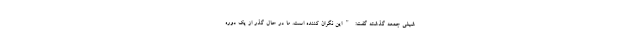
شیلی جمعه گذشته گفت: "این نگران کننده است. ما در حال گذر از یک دوره